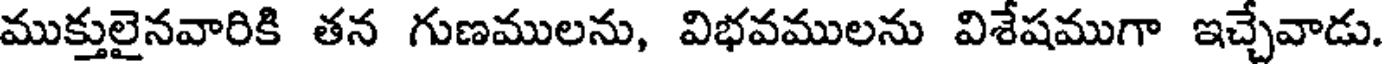
ముక్తులైనవారికి తన గుణములను, విభవములను విశేషముగా ఇచ్చేవాడు.